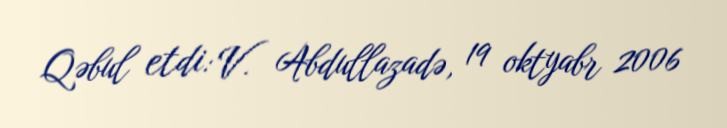
Qəbul etdi: V. Abdullazadə, 19 oktyabr 2006